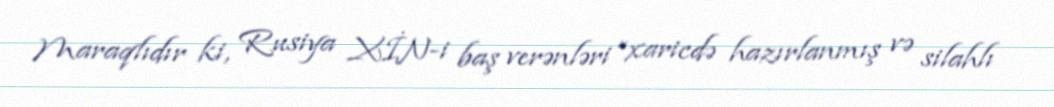
Maraqlıdır ki, Rusiya XİN-i baş verənləri “xaricdə hazırlanmış və silahlı